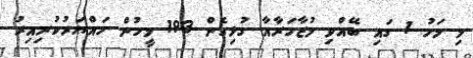
މި މަހު 1 ގައި ބޭއްވި މުޒާހަރާއާ ގުޅިގެން 193 މީހުން ހައްޔަރުކުރިއިރު